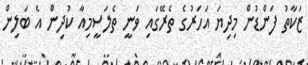
ޒަކާތު ފަންޑުން މިދިޔަ އަހަރުގެ ތެރޭގައި ވަނީ ތެލަސީމިއާ ކުދިން އެ ބަލިން